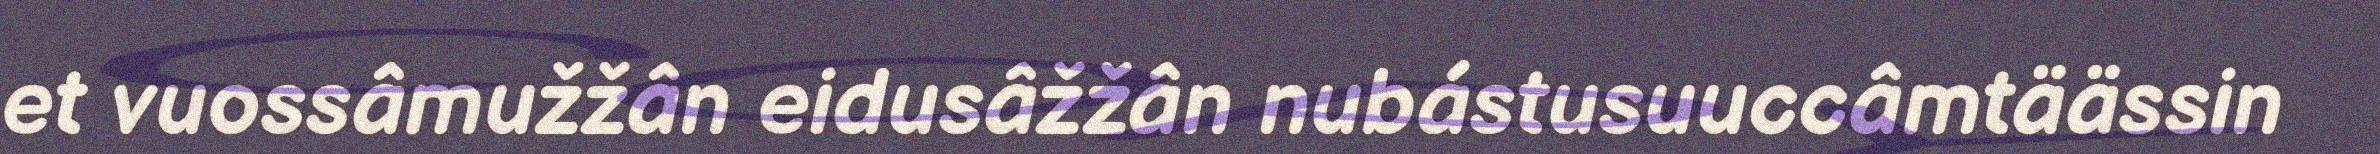
et vuossâmužžân eidusâžžân nubástusuuccâmtäässin